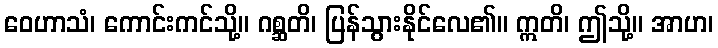
ဝေဟာသံ၊ ကောင်းကင်သို့။ ဂစ္ဆတိ၊ ပြန်သွားနိုင်လေ၏။ ဣတိ၊ ဤသို့။ အာဟ၊